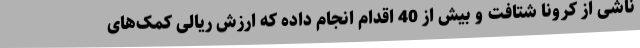
ناشی از کرونا شتافت و بیش از 40 اقدام انجام داده که ارزش ریالی کمک‌های